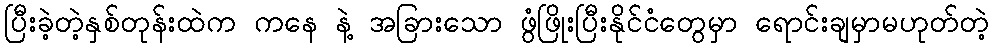
ပြီးခဲ့တဲ့နှစ်တုန်းထဲက ကနေ နဲ့ အခြားသော ဖွံဖြိုးပြီးနိုင်ငံတွေမှာ ရောင်းချမှာမဟုတ်တဲ့